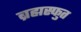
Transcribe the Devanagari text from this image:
ब्रह्मस्फुत